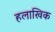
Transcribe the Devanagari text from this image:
हलाखिक